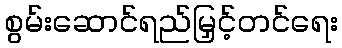
စွမ်းဆောင်ရည်မြှင့်တင်ရေး